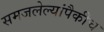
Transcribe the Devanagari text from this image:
समजलेल्यांपैकींच